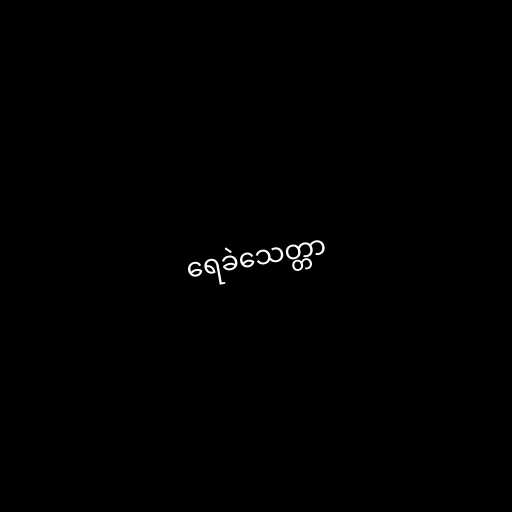
ရေခဲသေတ္တာ